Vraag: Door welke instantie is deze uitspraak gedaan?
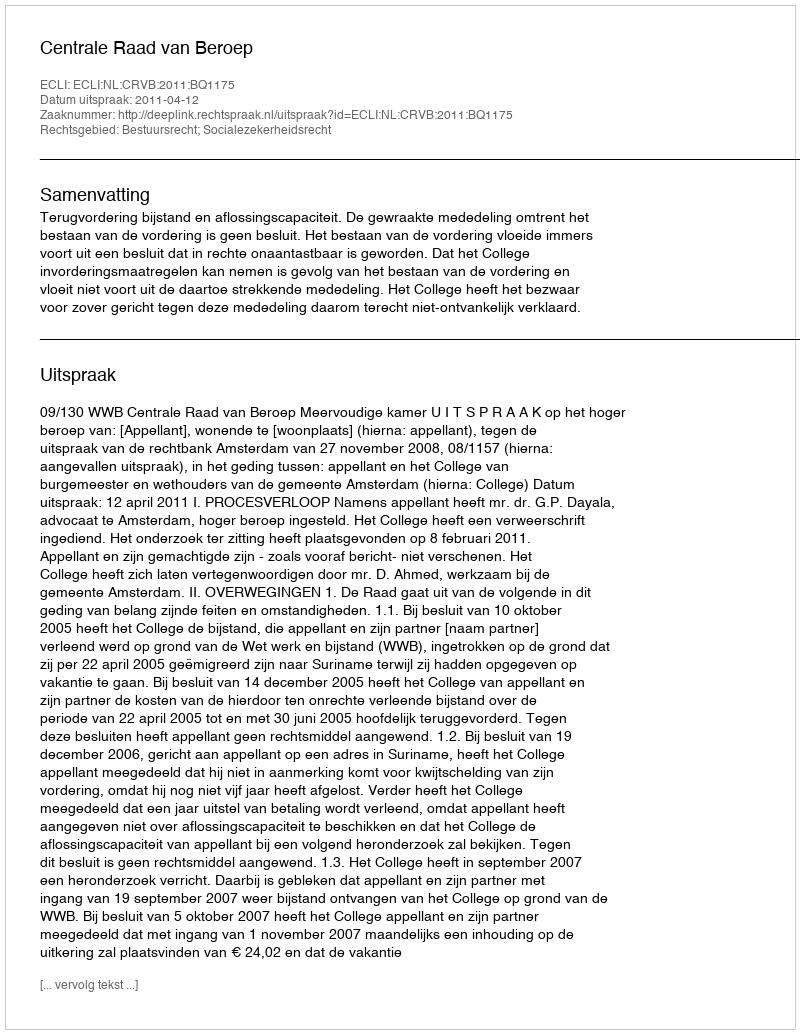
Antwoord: Centrale Raad van Beroep